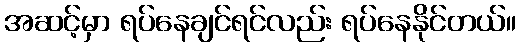
အဆင့်မှာ ရပ်နေချင်ရင်လည်း ရပ်နေနိုင်တယ်။